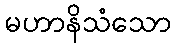
မဟာနိသံသော